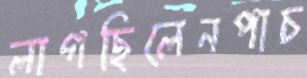
লাগছিলেনপাচ